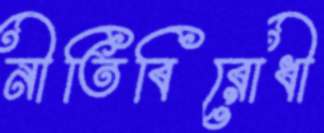
নীতিবিরোধী